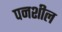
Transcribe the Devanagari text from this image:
पनशील